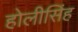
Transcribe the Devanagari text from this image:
होलीसिंह